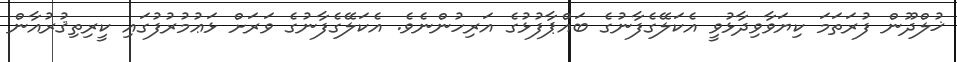
ޚުލްދޫން ފުރަތަމަ ކިޔަވާވިދާޅުވީ އެކަލޭގެފާނުގެ ބައްޕާފުޅުގެ އަރިހުންނެވެ. އެކަލޭގެފާނުގެ ވަރަށް ޅަޢުމުރުފުގައި ކީރިތިޤުރުއާން